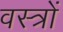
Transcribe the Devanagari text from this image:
वस्‍त्रों